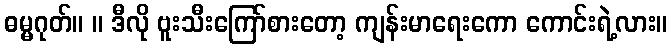
ဓမ္မဂုတ်။ ။ ဒီလို ဗူးသီးကြော်စားတော့ ကျန်းမာရေးကော ကောင်းရဲ့လား။